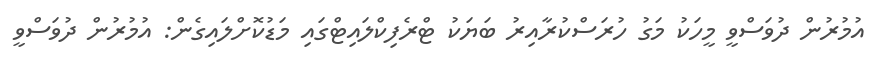
އުމުރުން ދުވަސްވީ މީހަކު މަގު ހުރަސްކުރާއިރު ބަޔަކު ޓްރެފިކްލައިޓްގައި މަޑުކޮށްލައިގެން: އުމުރުން ދުވަސްވީ